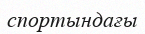
спортындағы